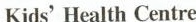
Kids' Health Centre